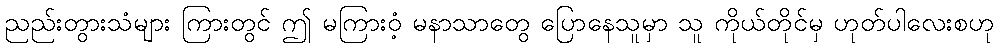
ညည်းတွားသံများ ကြားတွင် ဤ မကြားဝံ့ မနာသာတွေ ပြောနေသူမှာ သူ ကိုယ်တိုင်မှ ဟုတ်ပါလေးစဟု